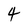
Character: 4